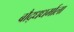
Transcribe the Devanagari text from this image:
बौद्धधर्माला